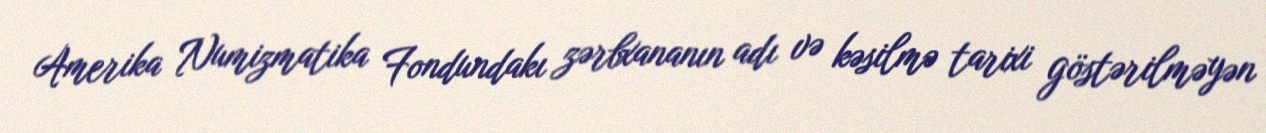
Amerika Numizmatika Fondundakı zərbxananın adı və kəsilmə tarixi göstərilməyən